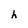
Character: h